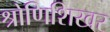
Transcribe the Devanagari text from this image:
श्रोणिशिखर